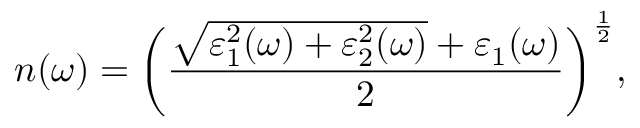
n ( \omega ) = \bigg ( \frac { \sqrt { \varepsilon _ { 1 } ^ { 2 } ( \omega ) + \varepsilon _ { 2 } ^ { 2 } ( \omega ) } + \varepsilon _ { 1 } ( \omega ) } { 2 } \bigg ) ^ { \frac { 1 } { 2 } } ,